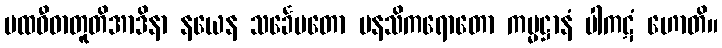
ပထဝီဓာတူတိအာဒိနာ နယေန သင်္ခေပတော မနသိကရောတော ကမ္မဋ္ဌာနံ ပါကဋံ ဟောတိ။